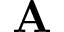
\mathbf { A }